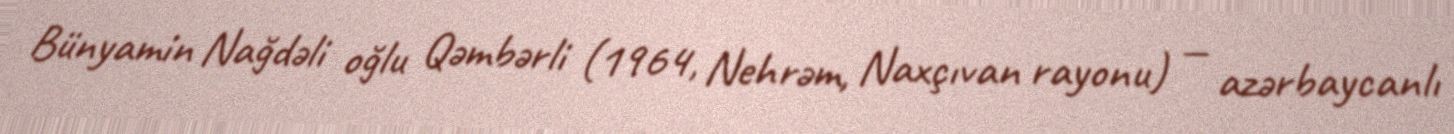
Bünyamin Nağdəli oğlu Qəmbərli (1964, Nehrəm, Naxçıvan rayonu) — azərbaycanlı